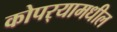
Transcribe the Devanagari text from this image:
कोपर्‍यामधील